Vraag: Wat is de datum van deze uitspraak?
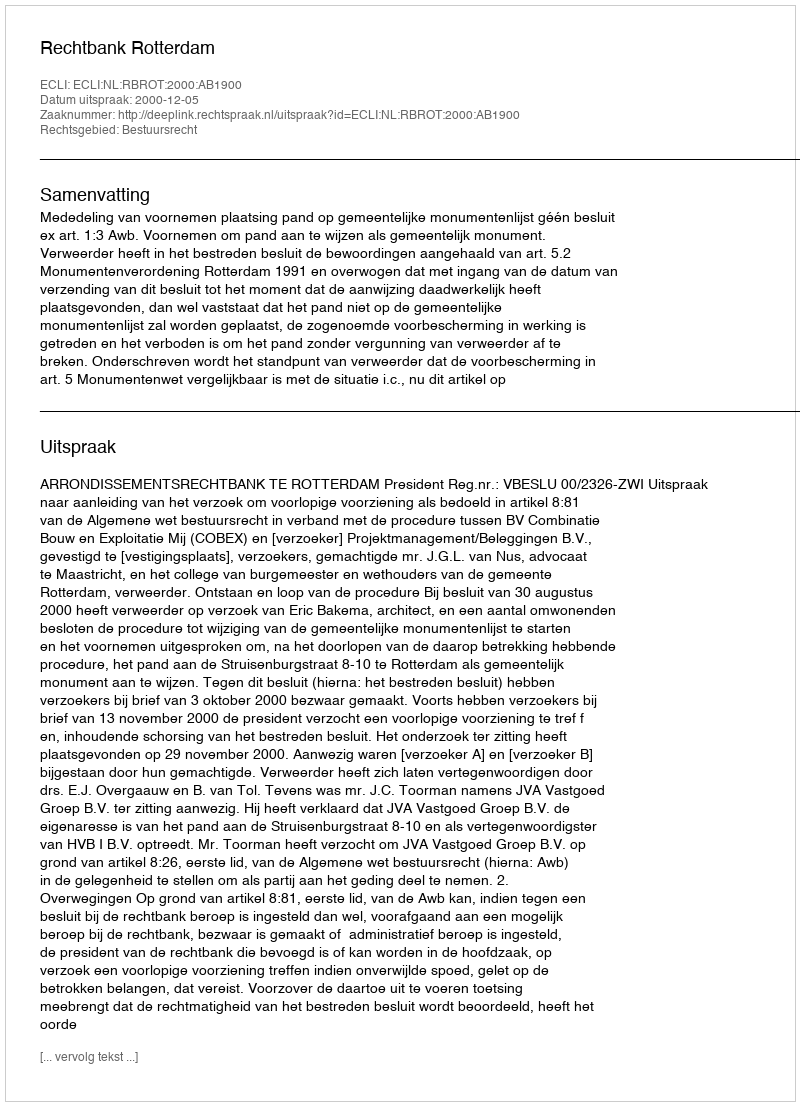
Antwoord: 2000-12-05